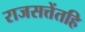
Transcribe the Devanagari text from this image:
राजसत्तेंतहि